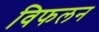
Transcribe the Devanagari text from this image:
विफलन